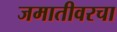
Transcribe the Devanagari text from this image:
जमातीवरचा